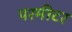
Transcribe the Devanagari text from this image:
परमीटर